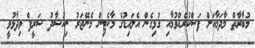
މުބާރާތް މާދަމާއަށް ފަސްކުރެއްވުމާއި ގުޅިގެން އެލައިޑުގެ މާކެޓިން މެނޭޖަރު ނިއުޝާދު ޝަރީފް ވިދާޅުވީ